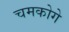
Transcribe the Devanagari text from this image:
चमकोगे